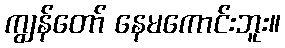
ကျွန်တော် နေမကောင်းဘူး။